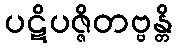
ပဋိပဇ္ဇိတဗ္ဗန္တိ